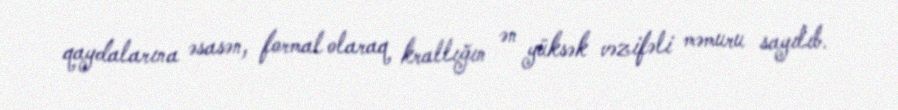
qaydalarına əsasən, formal olaraq krallığın ən yüksək vəzifəli məmuru sayılıb.